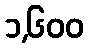
၁,၆၀၀